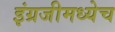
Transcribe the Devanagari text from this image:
इंग्रजीमध्येच